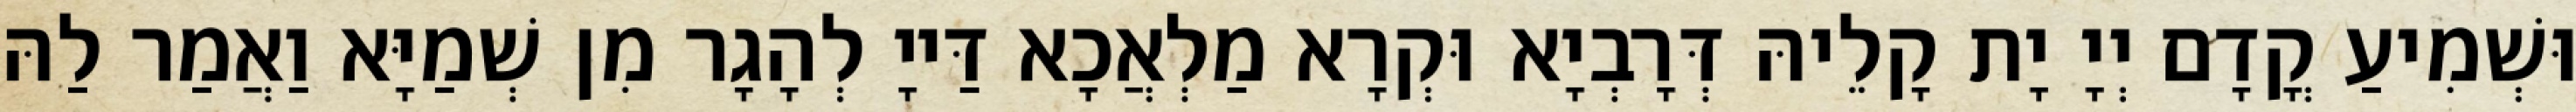
וּשְׁמִיעַ קֳדָם יְיָ יָת קָלֵיהּ דְּרָבְיָא וּקְרָא מַלְאֲכָא דַּייָ לְהָגָר מִן שְׁמַיָּא וַאֲמַר לַהּ